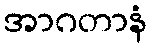
အာဂတာနံ